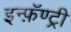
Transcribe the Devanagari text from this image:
इन्फ़ॅण्ट्री